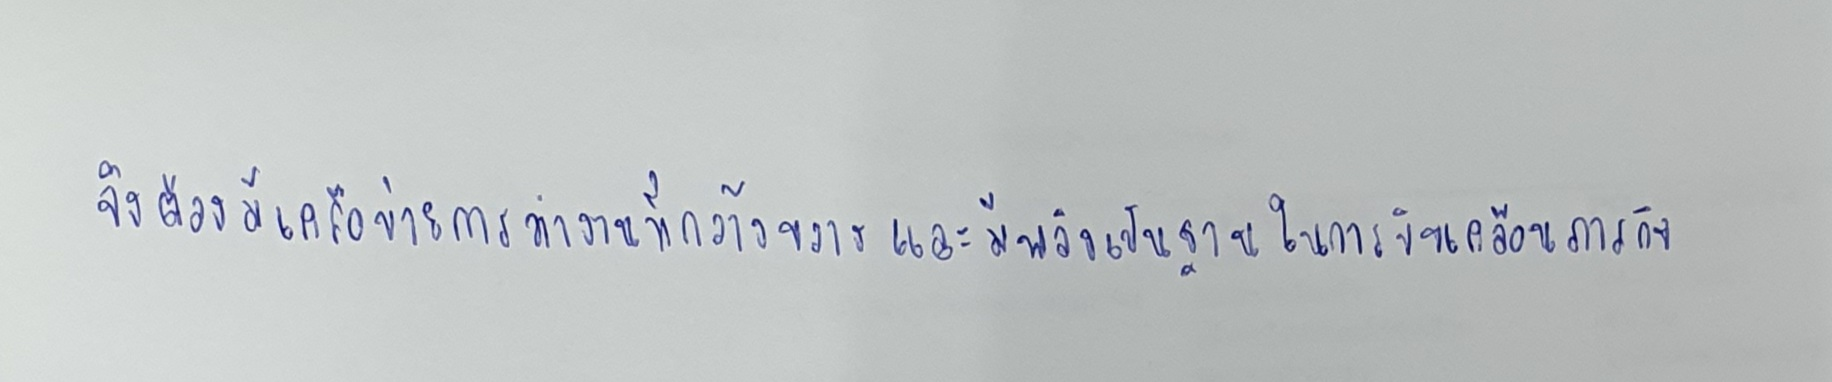
จึงต้องมีเครือข่ายการทำงานที่กว้างขวางและมีพลังเป็นฐานในการขับเคลื่อนภารกิจ